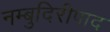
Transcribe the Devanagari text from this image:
नम्बुदिरीपाद